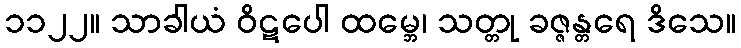
၁၁၂၂။ သာခါယံ ဝိဋပေါ ထမ္ဘေ၊ သတ္တု ခဇ္ဇန္တရေ ဒိသေ။